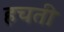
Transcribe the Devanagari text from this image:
हचती